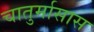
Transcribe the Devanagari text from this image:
चातुर्मासास